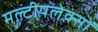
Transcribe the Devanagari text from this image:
मल्टीपलेक्सों